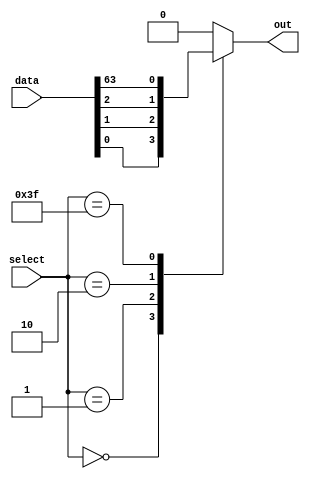
module mux64to1 (
  input [63:0] data,
  input [5:0] select,
  output reg out
);

always @(select) begin
  case (select)
    6'd0: out = data[0];
    6'd1: out = data[1];
    6'd2: out = data[2];
    // add all 64 cases here
    6'd63: out = data[63];
    default: out = 1'b0; // default case if select is out of range
  endcase
end

endmodule